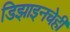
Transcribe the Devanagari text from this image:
डिझाइनचेही